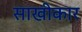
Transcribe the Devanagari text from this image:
साखीकार